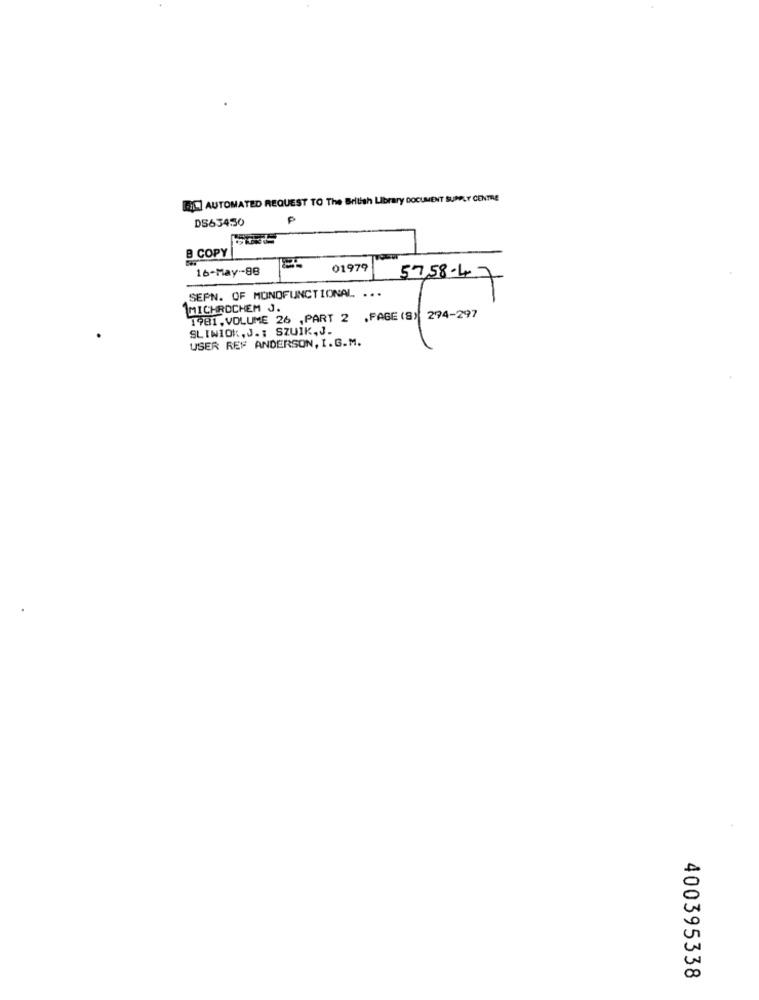
BIL AUTOMATED REQUEST TO The British Library DOCUMENT SUPPLY CENTRE
DS634:50
₱
B COPY
16-May -- 98
01979
57,58-47
SEPN. OF MONOFUNCTIONAL ...
MICHROCHEM J.
1981, VOLUME 26 ,PART 2 , PAGE (S) 274-297
SLINIOK,J .: SZUIK,J.
(8) 24-7
USER REF ANDERSON, I.G.M.
400395338